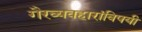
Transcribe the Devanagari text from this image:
गैरव्यवहारांविषयी